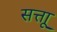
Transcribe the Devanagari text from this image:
सत्ताू